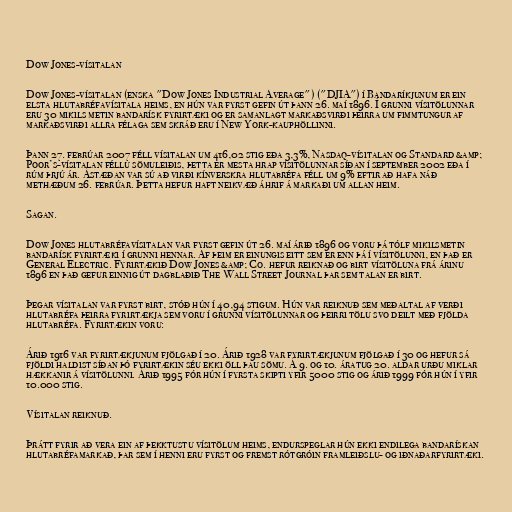
Dow Jones-vísitalan

Dow Jones-vísitalan (enska "Dow Jones Industrial Average") ("DJIA") í Bandaríkjunum er ein
elsta hlutabréfavísitala heims, en hún var fyrst gefin út þann 26. maí 1896. Í grunni vísitölunnar
eru 30 mikils metin bandarísk fyrirtæki og er samanlagt markaðsvirði þeirra um fimmtungur af
markaðsvirði allra félaga sem skráð eru í New York-kauphöllinni.

Þann 27. febrúar 2007 féll vísitalan um 416,02 stig eða 3,3%, Nasdaq-vísitalan og Standard &amp;
Poor’s-vísitalan féllu sömuleiðis, þetta er mesta hrap vísitölunnar síðan í september 2002 eða í
rúm þrjú ár. Ástæðan var sú að virði kínverskra hlutabréfa féll um 9% eftir að hafa náð
methæðum 26. febrúar. Þetta hefur haft neikvæð áhrif á markaði um allan heim.

Sagan.

Dow Jones hlutabréfavísitalan var fyrst gefin út 26. maí árið 1896 og voru þá tólf mikilsmetin
bandarísk fyrirtæki í grunni hennar. Af þeim er einungis eitt sem er enn þá í vísitölunni, en það er
General Electric. Fyrirtækið Dow Jones &amp; Co. hefur reiknað og birt vísitöluna frá árinu
1896 en það gefur einnig út dagblaðið The Wall Street Journal þar sem talan er birt.

Þegar vísitalan var fyrst birt, stóð hún í 40,94 stigum. Hún var reiknuð sem meðaltal af verði
hlutabréfa þeirra fyrirtækja sem voru í grunni vísitölunnar og þeirri tölu svo deilt með fjölda
hlutabréfa. Fyrirtækin voru:

Árið 1916 var fyrirtækjunum fjölgað í 20. Árið 1928 var fyrirtækjunum fjölgað í 30 og hefur sá
fjöldi haldist síðan þó fyrirtækin séu ekki öll þau sömu. Á 9. og 10. áratug 20. aldar urðu miklar
hækkanir á vísitölunni. Árið 1995 fór hún í fyrsta skipti yfir 5000 stig og árið 1999 fór hún í yfir
10.000 stig.

Vísitalan reiknuð.

Þrátt fyrir að vera ein af þekktustu vísitölum heims, endurspeglar hún ekki endilega bandarískan
hlutabréfamarkað, þar sem í henni eru fyrst og fremst rótgróin framleiðslu- og iðnaðarfyrirtæki.